Vaccination in Bombay 1924-1928 - 1924-1928
Year: 1924
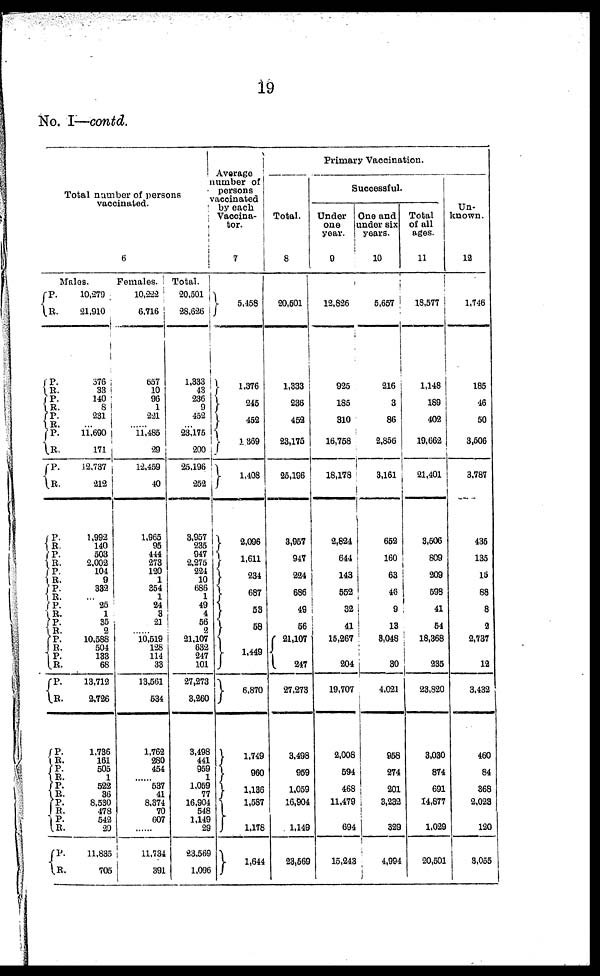
19
No. I—contd.
Total number of persons
vaccinated.
6
Males.
P.
R.
P.
R.
P. R.
P. R.
P.
R.
P.
R.
P.
R.
P.
R.
P.
R.
P.
R.
P.
R.
P.
R.
P.
R.
P.
R.
P.
R.
P.
R.
P.
R.
P.
R.
P.
R.
P.
R. P.
R.
10,279
21,910
376
33
140
6
231
...
11,690
171
12,737
212
1,992
140
503
2,002
104
9
332
...
25
1
35
2
10,588
504
133
68
13,712
2,726
1,736
161
505
1
522
36
8,530
478
542
29
11,835
705
Females.
10,222
6,716
657
10
96
1
2.21
...
11,485
29
12,459
40
1,965
95
444
273
120
1
354
1
24
3
21
...
10,519
128
114
33
13,561
534
1,762
280
454
......
537
41
8,374
70
607
......
11,734
391
Total.
20,501
28,626
1,333
43
236
9
452
...
23,175
200
25,196
252
3,957
235
947
2,275
224
10
686
1
49
4
56
2
21,107
632
247
101
27,273
3,260
3,498
441
959
1
1,059
77
16,904
548
1,149
29
23,569
1,096
Average
number of
persons
vaccinated
by each
Vaccina¬
tor.
7
5,458
1,376
245
452
1,369
1,408
2,096
1,611
234
687
53
58
1,449
6,870
1,749
960
1,136
1,587
1,178
1,644
Primary Vaccination.
Total.
8
20,501
1,333
236
452
23,175
25,196
3,957
947
224
686
49
56
21,107
247
27,273
3,498
959
1,059
16,904
1,149
23,569
Successful.
Under
one
year.
9
12,826
925
185
310
16,758
18,178
2,824
644
143
552
32
41
15,267
204
19,707
2,008
594
468
11,479
694
15,243
One and
under six
years.
10
5,657
216
3
86
2,856
3,161
652
160
63
46
9
13
3,048
30
4,021
958
274
201
3,232
329
4,994
Total
of all
ages.
11
18,577
1,148
189
402
19,662
21,401
3,506
809
209
598
41
54
18,368
235
23,820
3,030
874
691
14,877
1,029
20,501
Un-
known.
12
1,746
185
46
50
3,506
3,787
435
135
15
88
8
2
2,737
12
3,432
460
84
368
2,023
120
3,055